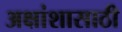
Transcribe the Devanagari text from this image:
अक्षांशासाठी